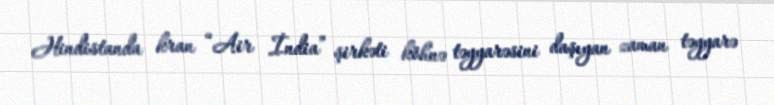
Hindistanda kran “Air İndia” şirkəti köhnə təyyarəsini daşıyan zaman təyyarə